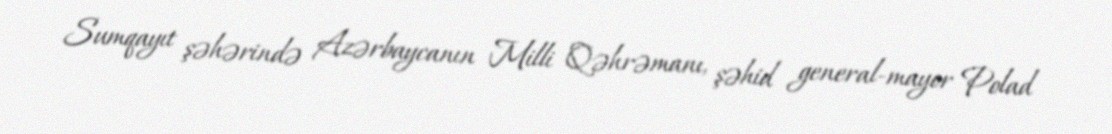
Sumqayıt şəhərində Azərbaycanın Milli Qəhrəmanı, şəhid general-mayor Polad